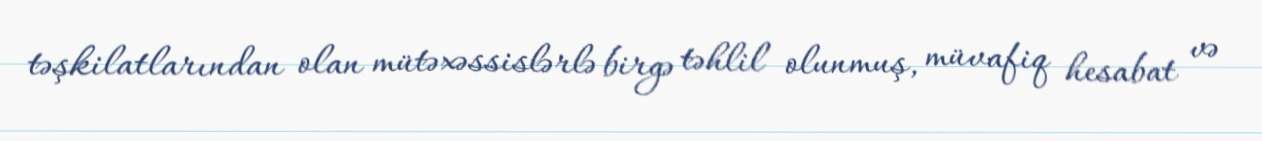
təşkilatlarından olan mütəxəssislərlə birgə təhlil olunmuş, müvafiq hesabat və